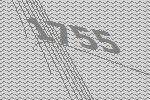
1755